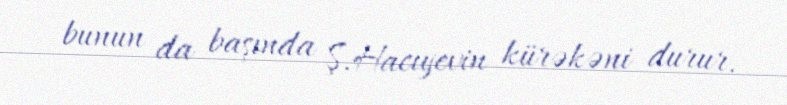
bunun da başında Ş.Hacıyevin kürəkəni durur.